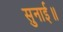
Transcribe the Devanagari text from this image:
सुनाई॥